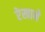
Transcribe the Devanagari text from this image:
रेखाने